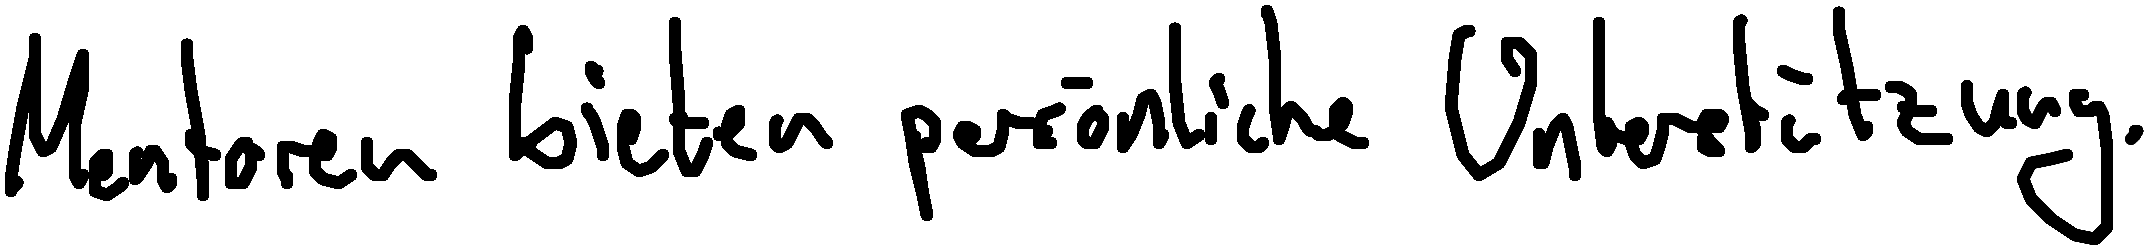
Mentoren bieten persönliche Unterstützung.